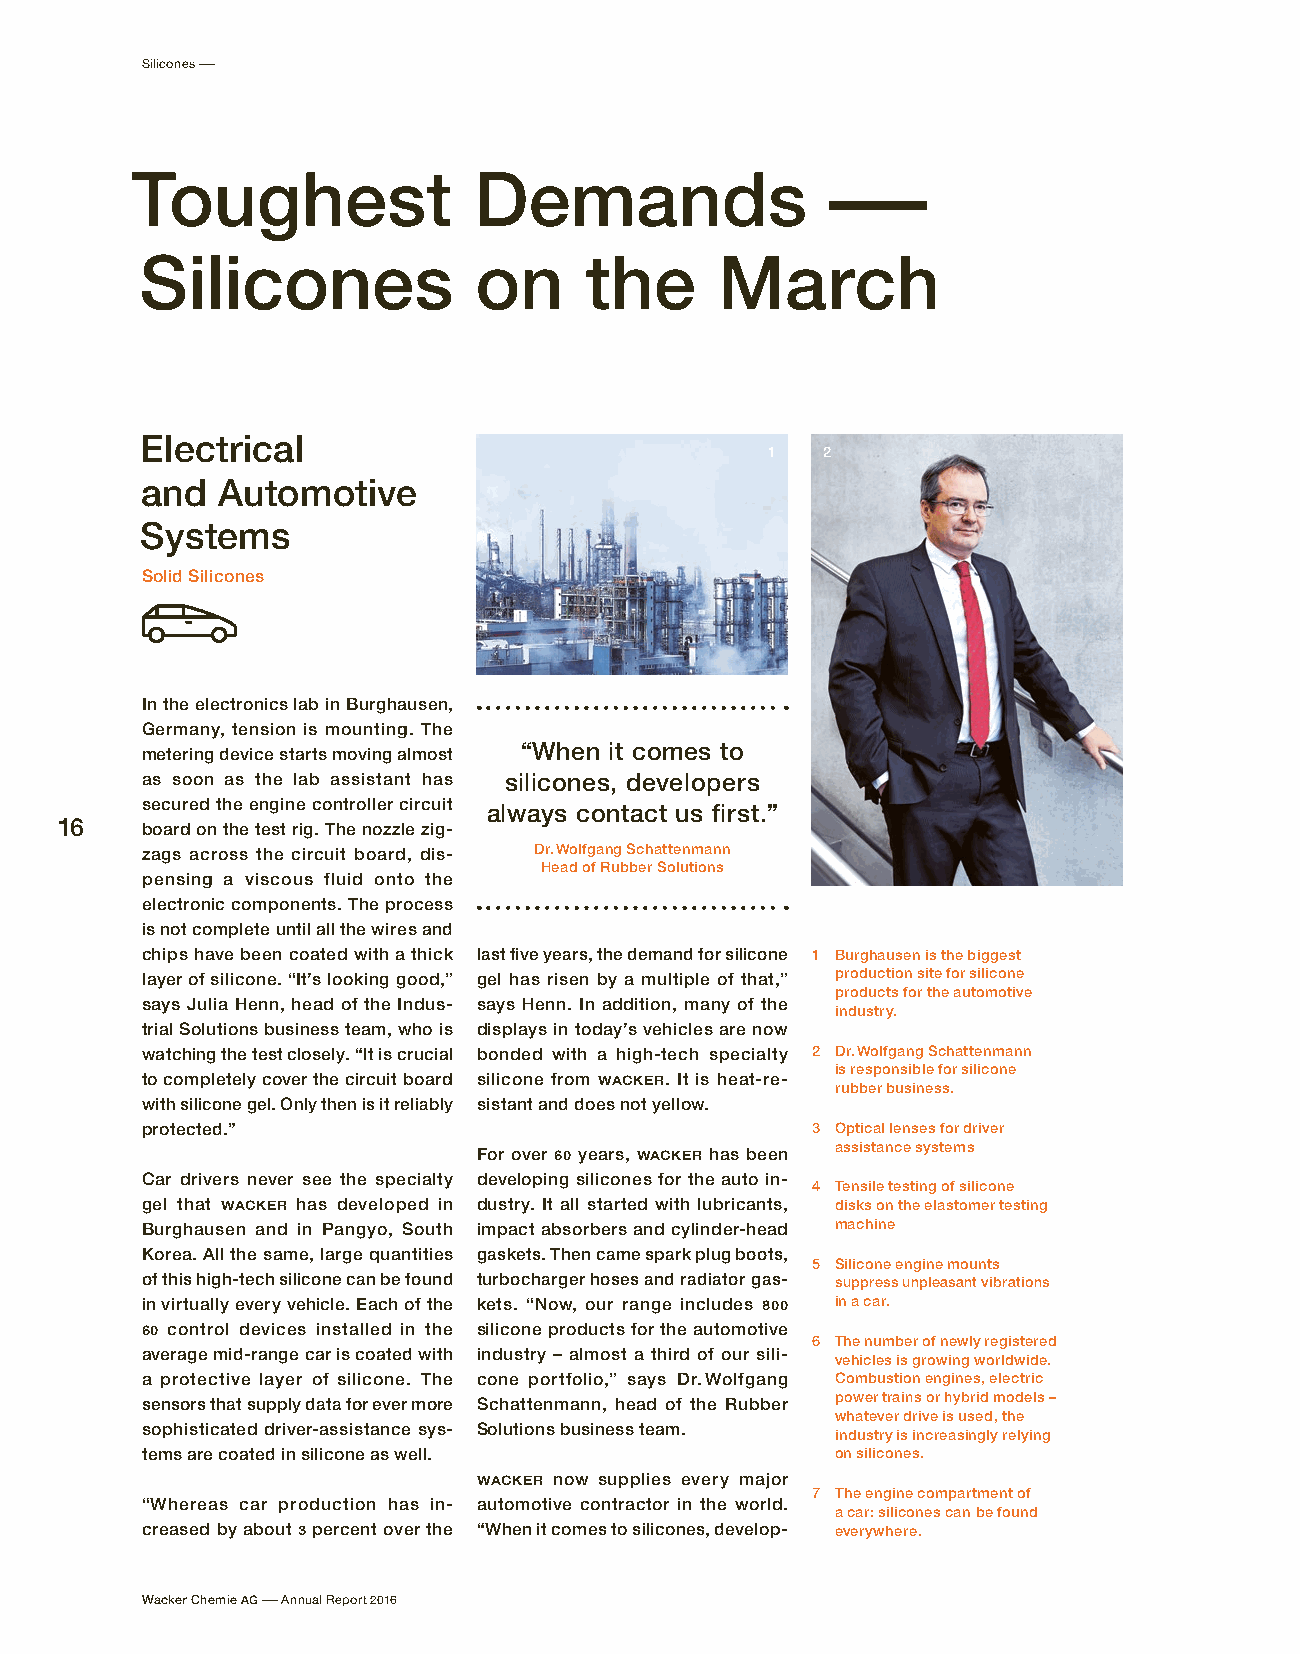
Silicones –
 Toughest              Demands                 –
 Silicones             on      the      March
 Electrical
 1  2
 and  Automotive
 Systems
 Solid Silicones
 In the electronics lab in Burghausen,
 Germany, tension is mounting. The
 “When it comes to
 metering device starts moving almost
 as soon as the lab assistant has s ilicones, developers
 secured the engine controller circuit always contact us first.”
 16   board on the test rig. The nozzle zig-
 zags across the circuit board, dis- Dr. Wolfgang Schattenmann
 Head of Rubber Solutions
 pensing a viscous fluid onto the
 electronic components. The process
 is not complete until all the wires and
 chips have been coated with a thick last five years, the demand for silicone 1 Burghausen is the biggest
 layer of silicone. “It’s looking good,” gel has risen by a multiple of that,” production site for silicone
 products for the automotive
 says Julia Henn, head of the Indus- says Henn. In addition, many of the
 i ndustry.
 trial Solutions business team, who is displays in today’s vehicles are now
 watching the test closely. “It is crucial bonded with a high-tech specialty 2 D r. Wolfgang Schattenmann
 is responsible for silicone
 to completely cover the circuit board silicone from WACKER. It is heat-re-
 r ubber business.
 with silicone gel. Only then is it reliably sistant and does not yellow.
 protected.”                                  3 Optical lenses for driver
 a ssistance systems
 For over 60 years, WACKER has been
 Car drivers never see the specialty developing silicones for the auto in-
 4 Tensile testing of silicone
 gel that WACKER has developed in dustry. It all started with lubricants, disks on the elastomer testing
 Burghausen and in Pangyo, South impact absorbers and cylinder-head machine
 Korea. All the same, large quantities gaskets. Then came spark plug boots,
 5 Silicone engine mounts
 of this high-tech silicone can be found turbocharger hoses and radiator gas- suppress unpleasant vibrations
 in virtually every vehicle. Each of the kets. “Now, our range includes 800 in a car.
 60 control devices installed in the silicone products for the automotive
 6 The number of newly registered
 average mid-range car is coated with industry – almost a third of our sili-
 vehicles is growing worldwide.
 a protective layer of silicone. The cone portfolio,” says Dr. Wolfgang Combustion engines, electric
 sensors that supply data for ever more Schattenmann, head of the Rubber power trains or hybrid models –
 whatever drive is used, the
 sophisticated driver-assistance sys- Solutions business team.
 industry is increasingly relying
 tems are coated in silicone as well.          on silicones.
 WACKER now supplies every major
 7 The engine compartment of
 “Whereas car production has in- automotive contractor in the world.
 a car: silicones can be found
 creased by about 3 percent over the “When it comes to silicones, develop- e verywhere.
 Wacker Chemie AG – Annual Report 2016